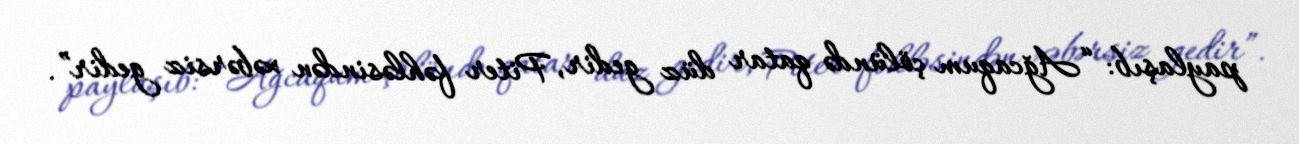
paylaşıb: “Ağcaqum çölündə qatar düz gedir, Piter fəhləsindən xəbərsiz gedir”.